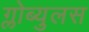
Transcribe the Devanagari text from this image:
ग्लोब्युलस